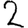
Digit: 2